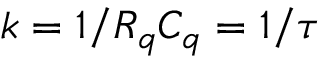
k = 1 / R _ { q } C _ { q } = 1 / \tau